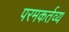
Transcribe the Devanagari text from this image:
परमकर्तव्य